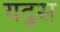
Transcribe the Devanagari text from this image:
यदूस